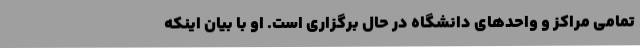
تمامی مراکز و واحد‌های دانشگاه در حال برگزاری است. او با بیان اینکه